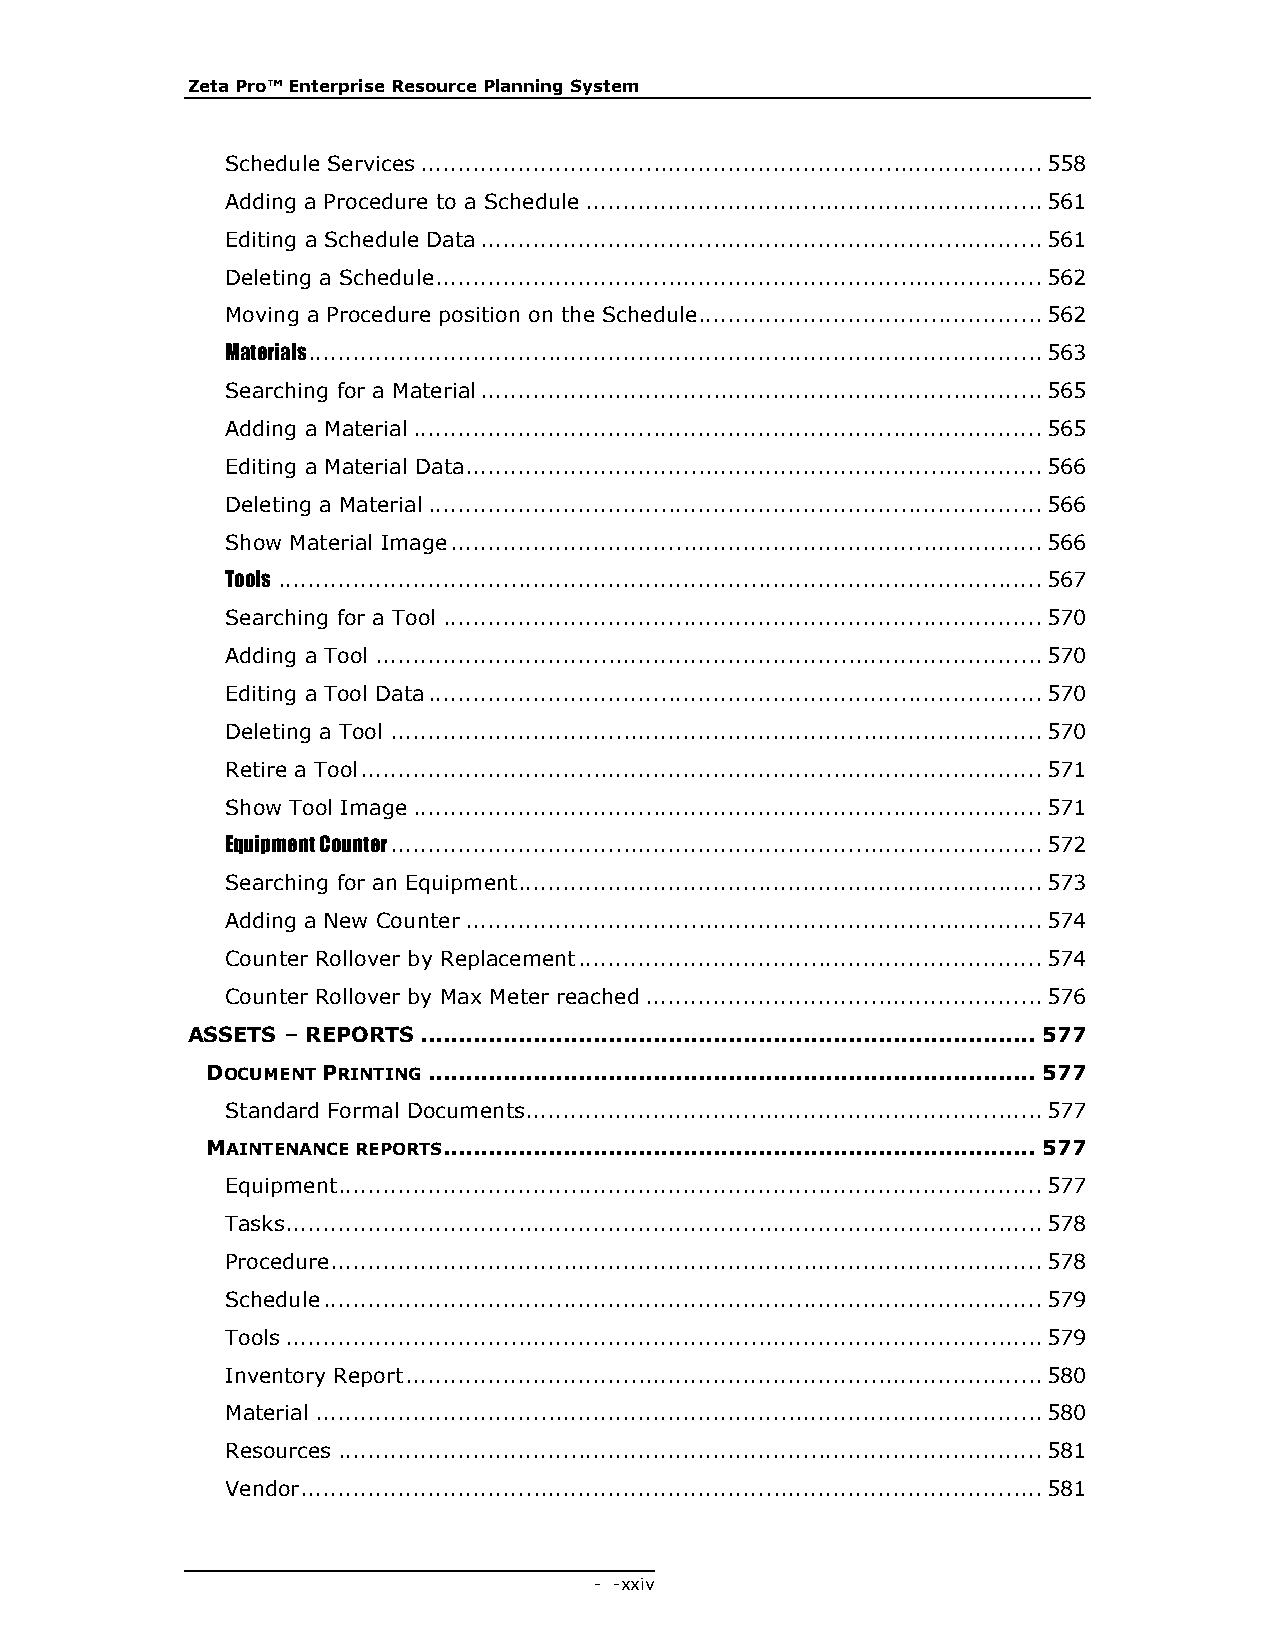
Zeta Pro™ Enterprise Resource Planning System
 Schedule Services ................................................................................... 558
 Adding a Procedure to a Schedule ............................................................. 561
 Editing a Schedule Data ........................................................................... 561
 Deleting a Schedule ................................................................................. 562
 Moving a Procedure position on the Schedule .............................................. 562
 Materials .................................................................................................. 563
 Searching for a Material ........................................................................... 565
 Adding a Material .................................................................................... 565
 Editing a Material Data ............................................................................. 566
 Deleting a Material .................................................................................. 566
 Show Material Image ............................................................................... 566
 Tools ...................................................................................................... 567
 Searching for a Tool ................................................................................ 570
 Adding a Tool ......................................................................................... 570
 Editing a Tool Data .................................................................................. 570
 Deleting a Tool ....................................................................................... 570
 Retire a Tool ........................................................................................... 571
 Show Tool Image .................................................................................... 571
 Equipment Counter ....................................................................................... 572
 Searching for an Equipment...................................................................... 573
 Adding a New Counter ............................................................................. 574
 Counter Rollover by Replacement .............................................................. 574
 Counter Rollover by Max Meter reached ..................................................... 576
 ASSETS – REPORTS .................................................................................. 577
 DOCUMENT PRINTING ................................................................................. 577
 Standard Formal Documents..................................................................... 577
 MAINTENANCE REPORTS ............................................................................... 577
 Equipment .............................................................................................. 577
 Tasks ..................................................................................................... 578
 Procedure ............................................................................................... 578
 Schedule ................................................................................................ 579
 Tools ..................................................................................................... 579
 Inventory Report ..................................................................................... 580
 Material ................................................................................................. 580
 Resources .............................................................................................. 581
 Vendor ................................................................................................... 581
 - - xxiv